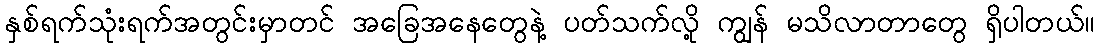
နှစ်ရက်သုံးရက်အတွင်းမှာတင် အခြေအနေတွေနဲ့ ပတ်သက်လို့ ကျွန် မသိလာတာတွေ ရှိပါတယ်။